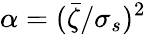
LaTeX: \alpha=(\bar{\zeta}/\sigma_{s})^{2}